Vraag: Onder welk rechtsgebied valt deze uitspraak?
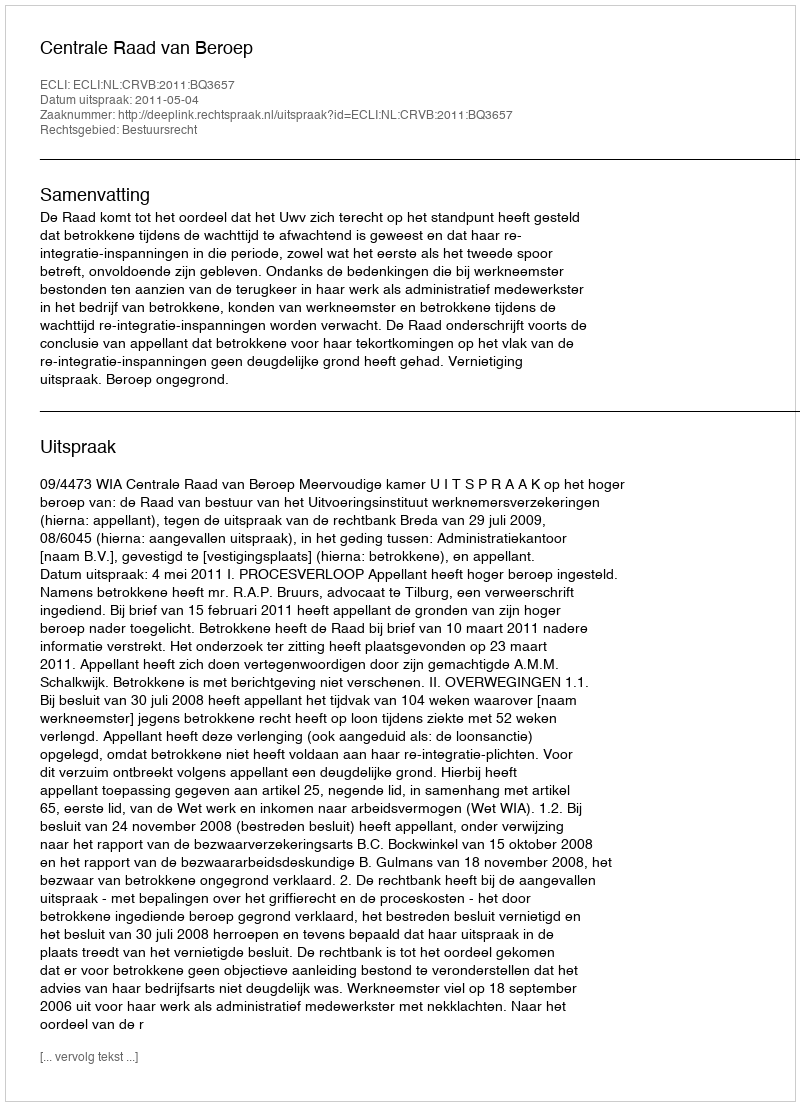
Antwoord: Bestuursrecht